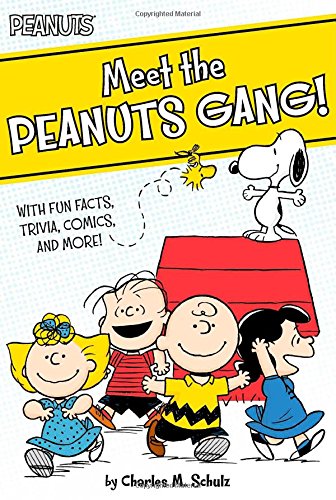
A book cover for Meet the Peanuts Gang!: With Fun Facts, Trivia, Comics, and More!; Charles  M. Schulz; Children's Books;